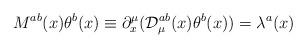
LaTeX: \begin{align*}M^{ab}(x)\theta ^b(x)\equiv \partial _x^\mu ({\cal D}_\mu ^{ab}(x)\theta^b(x))=\lambda ^a(x)\end{align*}